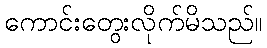
ကောင်းတွေးလိုက်မိသည်။